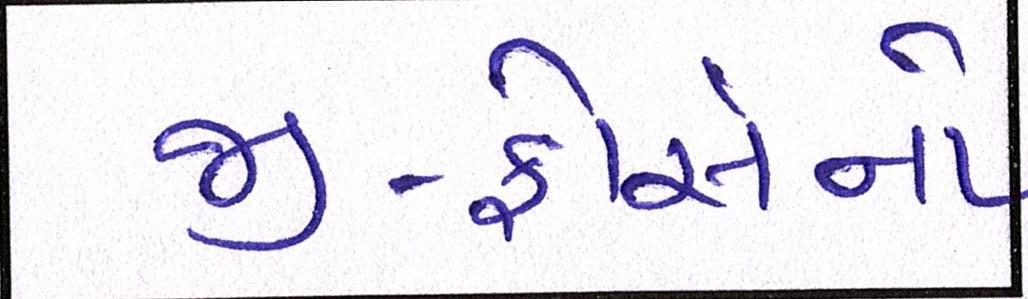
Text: જી-ફોર્સનો